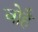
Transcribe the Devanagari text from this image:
बोहै